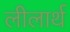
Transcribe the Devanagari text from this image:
लीलार्थ